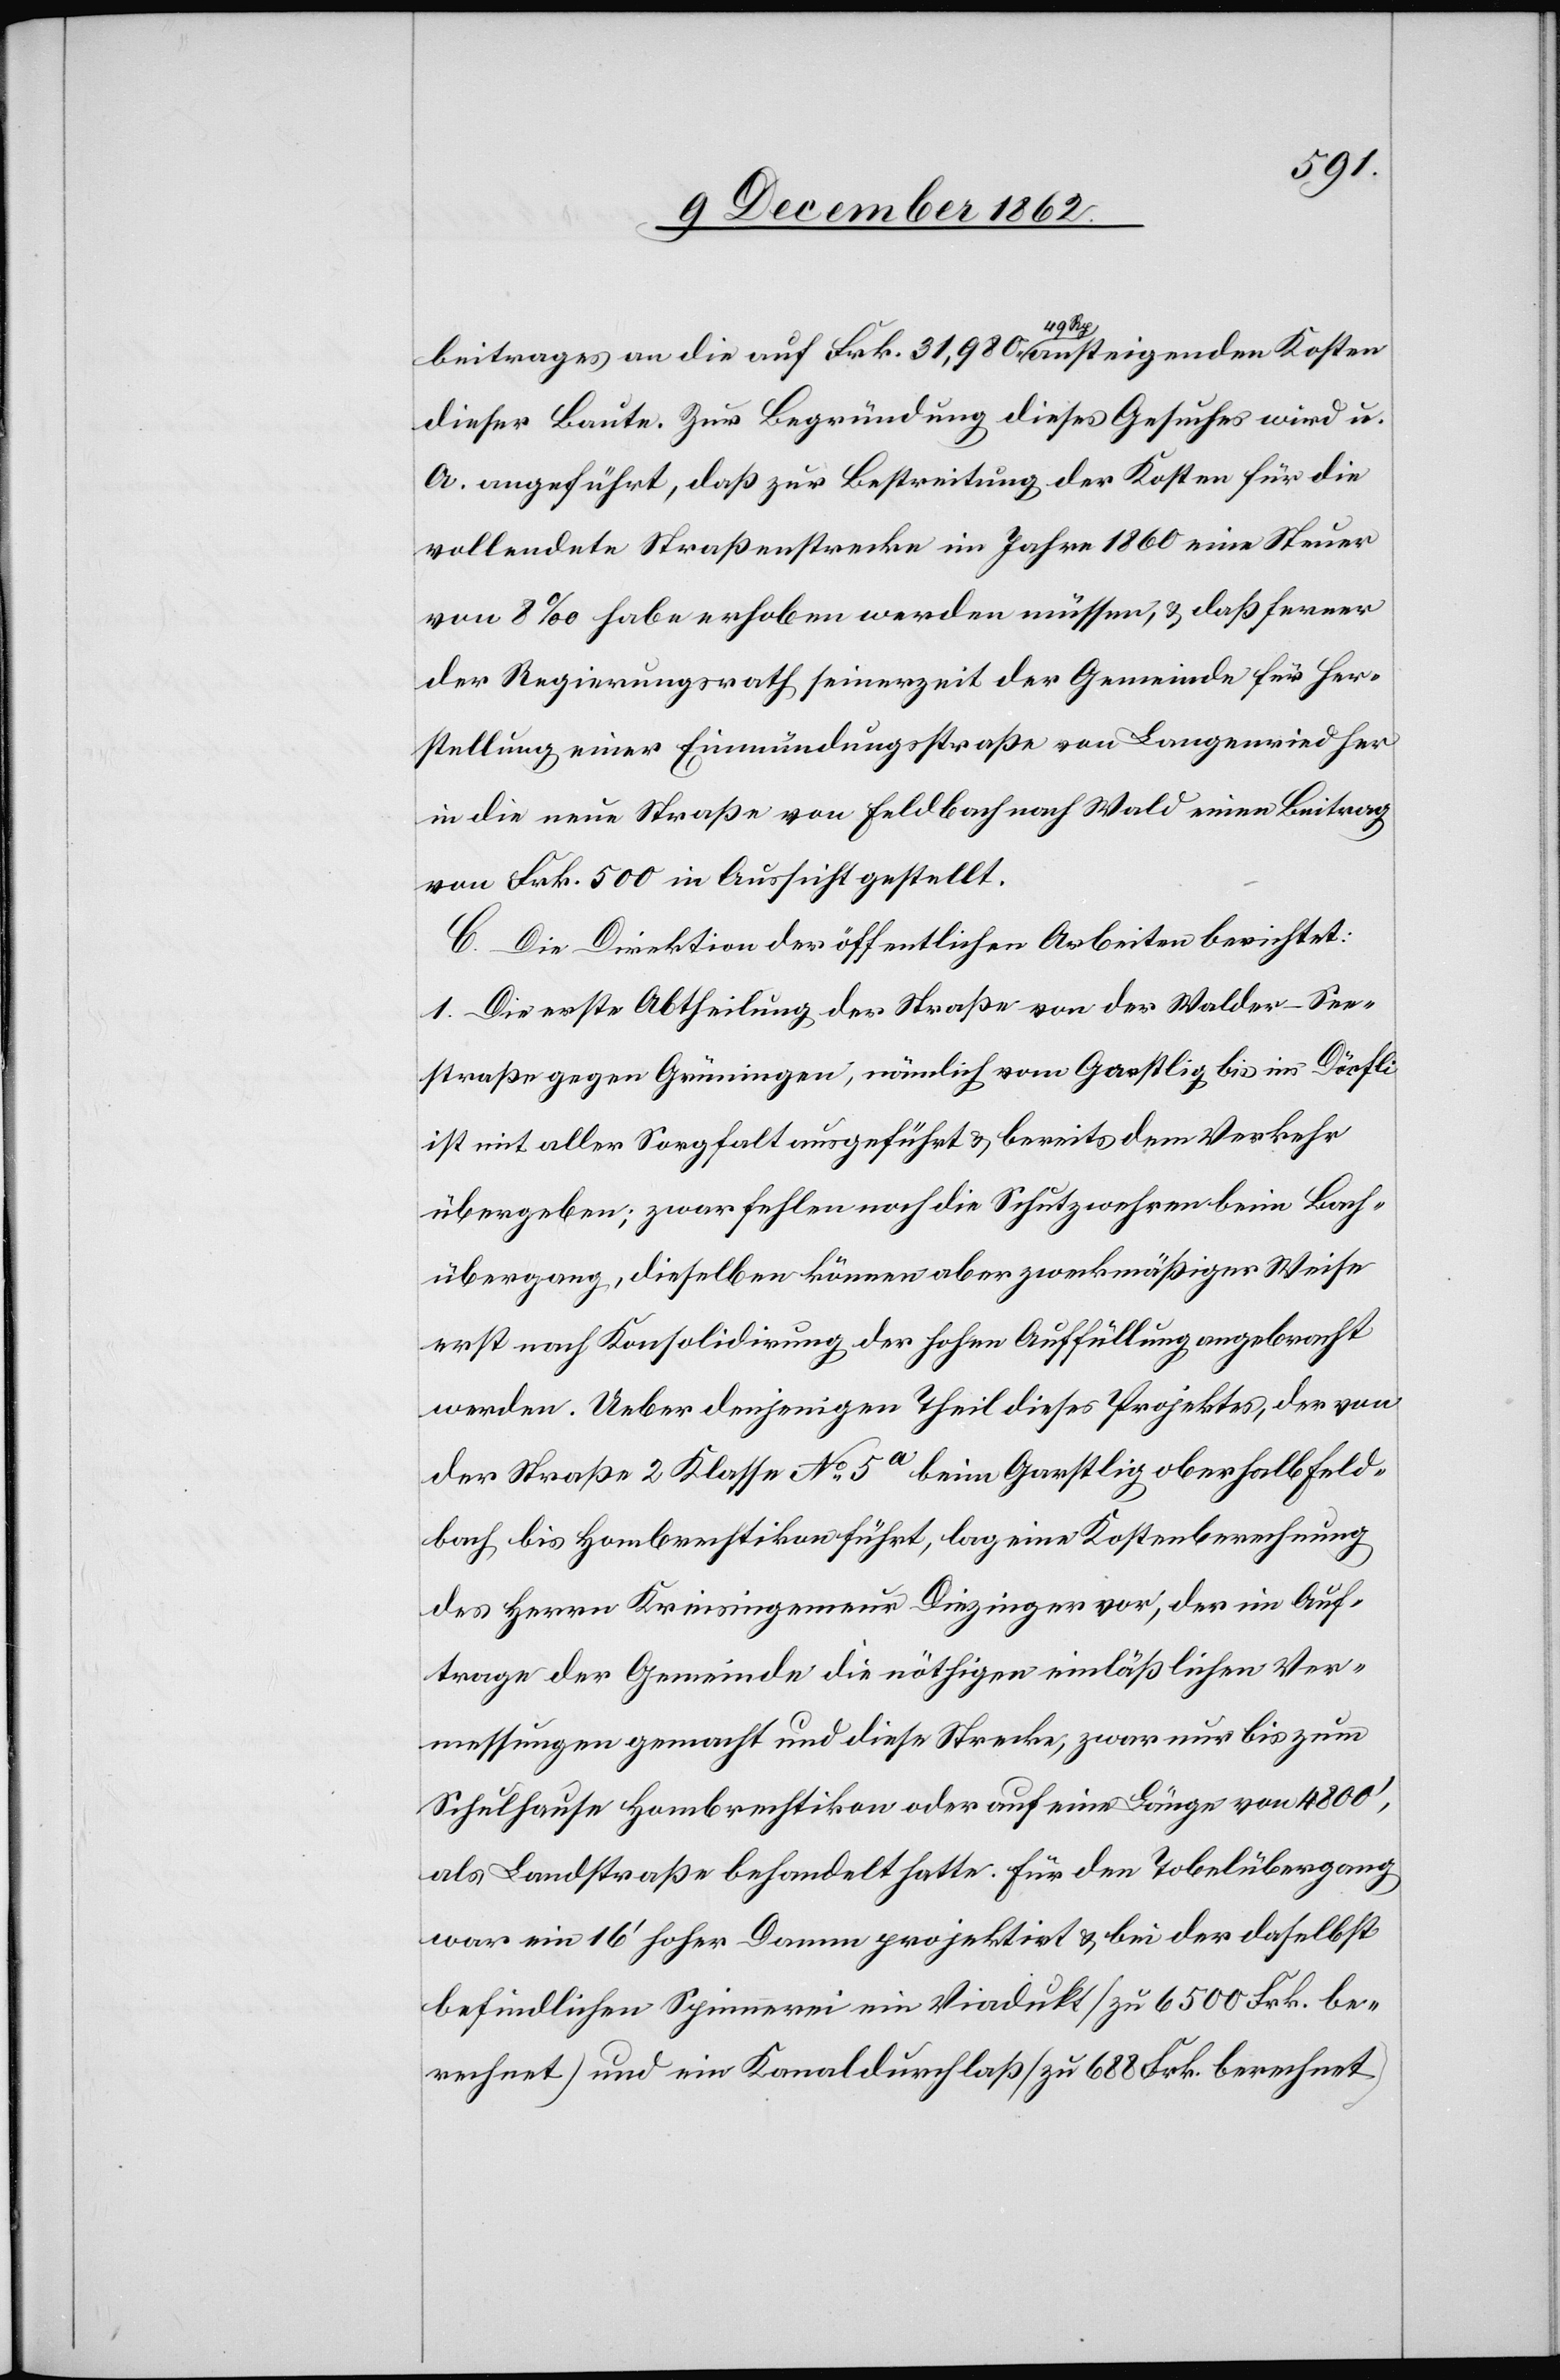
beitrags an die auf Frk. 31,980 49 Rp. ansteigenden Kosten
dieser Baute. Zur Begründung dieses Gesuches wird u.
A. angeführt, daß zur Bestreitung der Kosten für die
vollendete Straßenstrecke im Jahre 1860 eine Steuer
von 8‰ habe erhoben werden müssen, u. daß ferner
der Regierungsrath seinerzeit der Gemeinde für Her¬
stellung einer Einmündungsstraße von Langenried her
in die neue Straße von Feldbach nach Wald einen Beitrag
von Frk. 500 in Aussicht gestellt.
C. Die Direktion der öffentlichen Arbeiten berichtet:
1. Die erste Abtheilung der Straße von der Walder–See¬
straße gegen Grüningen, nämlich vom Garstlig bis ins Dörfli
ist mit aller Sorgfalt ausgeführt u. bereits dem Verkehr
übergeben, zwar fehlen noch die Schutzwehren beim Bach¬
übergang, dieselben können aber zweckmäßiger Weise
erst nach Konsolidirung der hohen Auffüllung angebracht
werden. Ueber denjenigen Theil dieses Projektes, der von
der Straße 2 Klasse No 5a beim Garstlig oberhalb Feld¬
bach bis Hombrechtikon führt, lag eine Kostenberechnung
des Herrn Kreisingenieur Diezinger vor, der im Auf¬
trage der Gemeinde die nöthigen einläßlichen Ver¬
messungen gemacht und diese Strecke, zwar nur bis zum
Schulhause Hombrechtikon oder auf eine Länge von 4800’,
als Landstraße behandelt hatte. Für den Tobelübergang
war ein 16’ hoher Damm projektirt u. bei der daselbst
befindlichen Spinnerei ein Viadukt (zu 6500 Frk. be¬
rechnet) und ein Kanaldurchlaß (zu 688 Frk. berechnet)